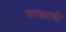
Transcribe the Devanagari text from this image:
ताफ्याची